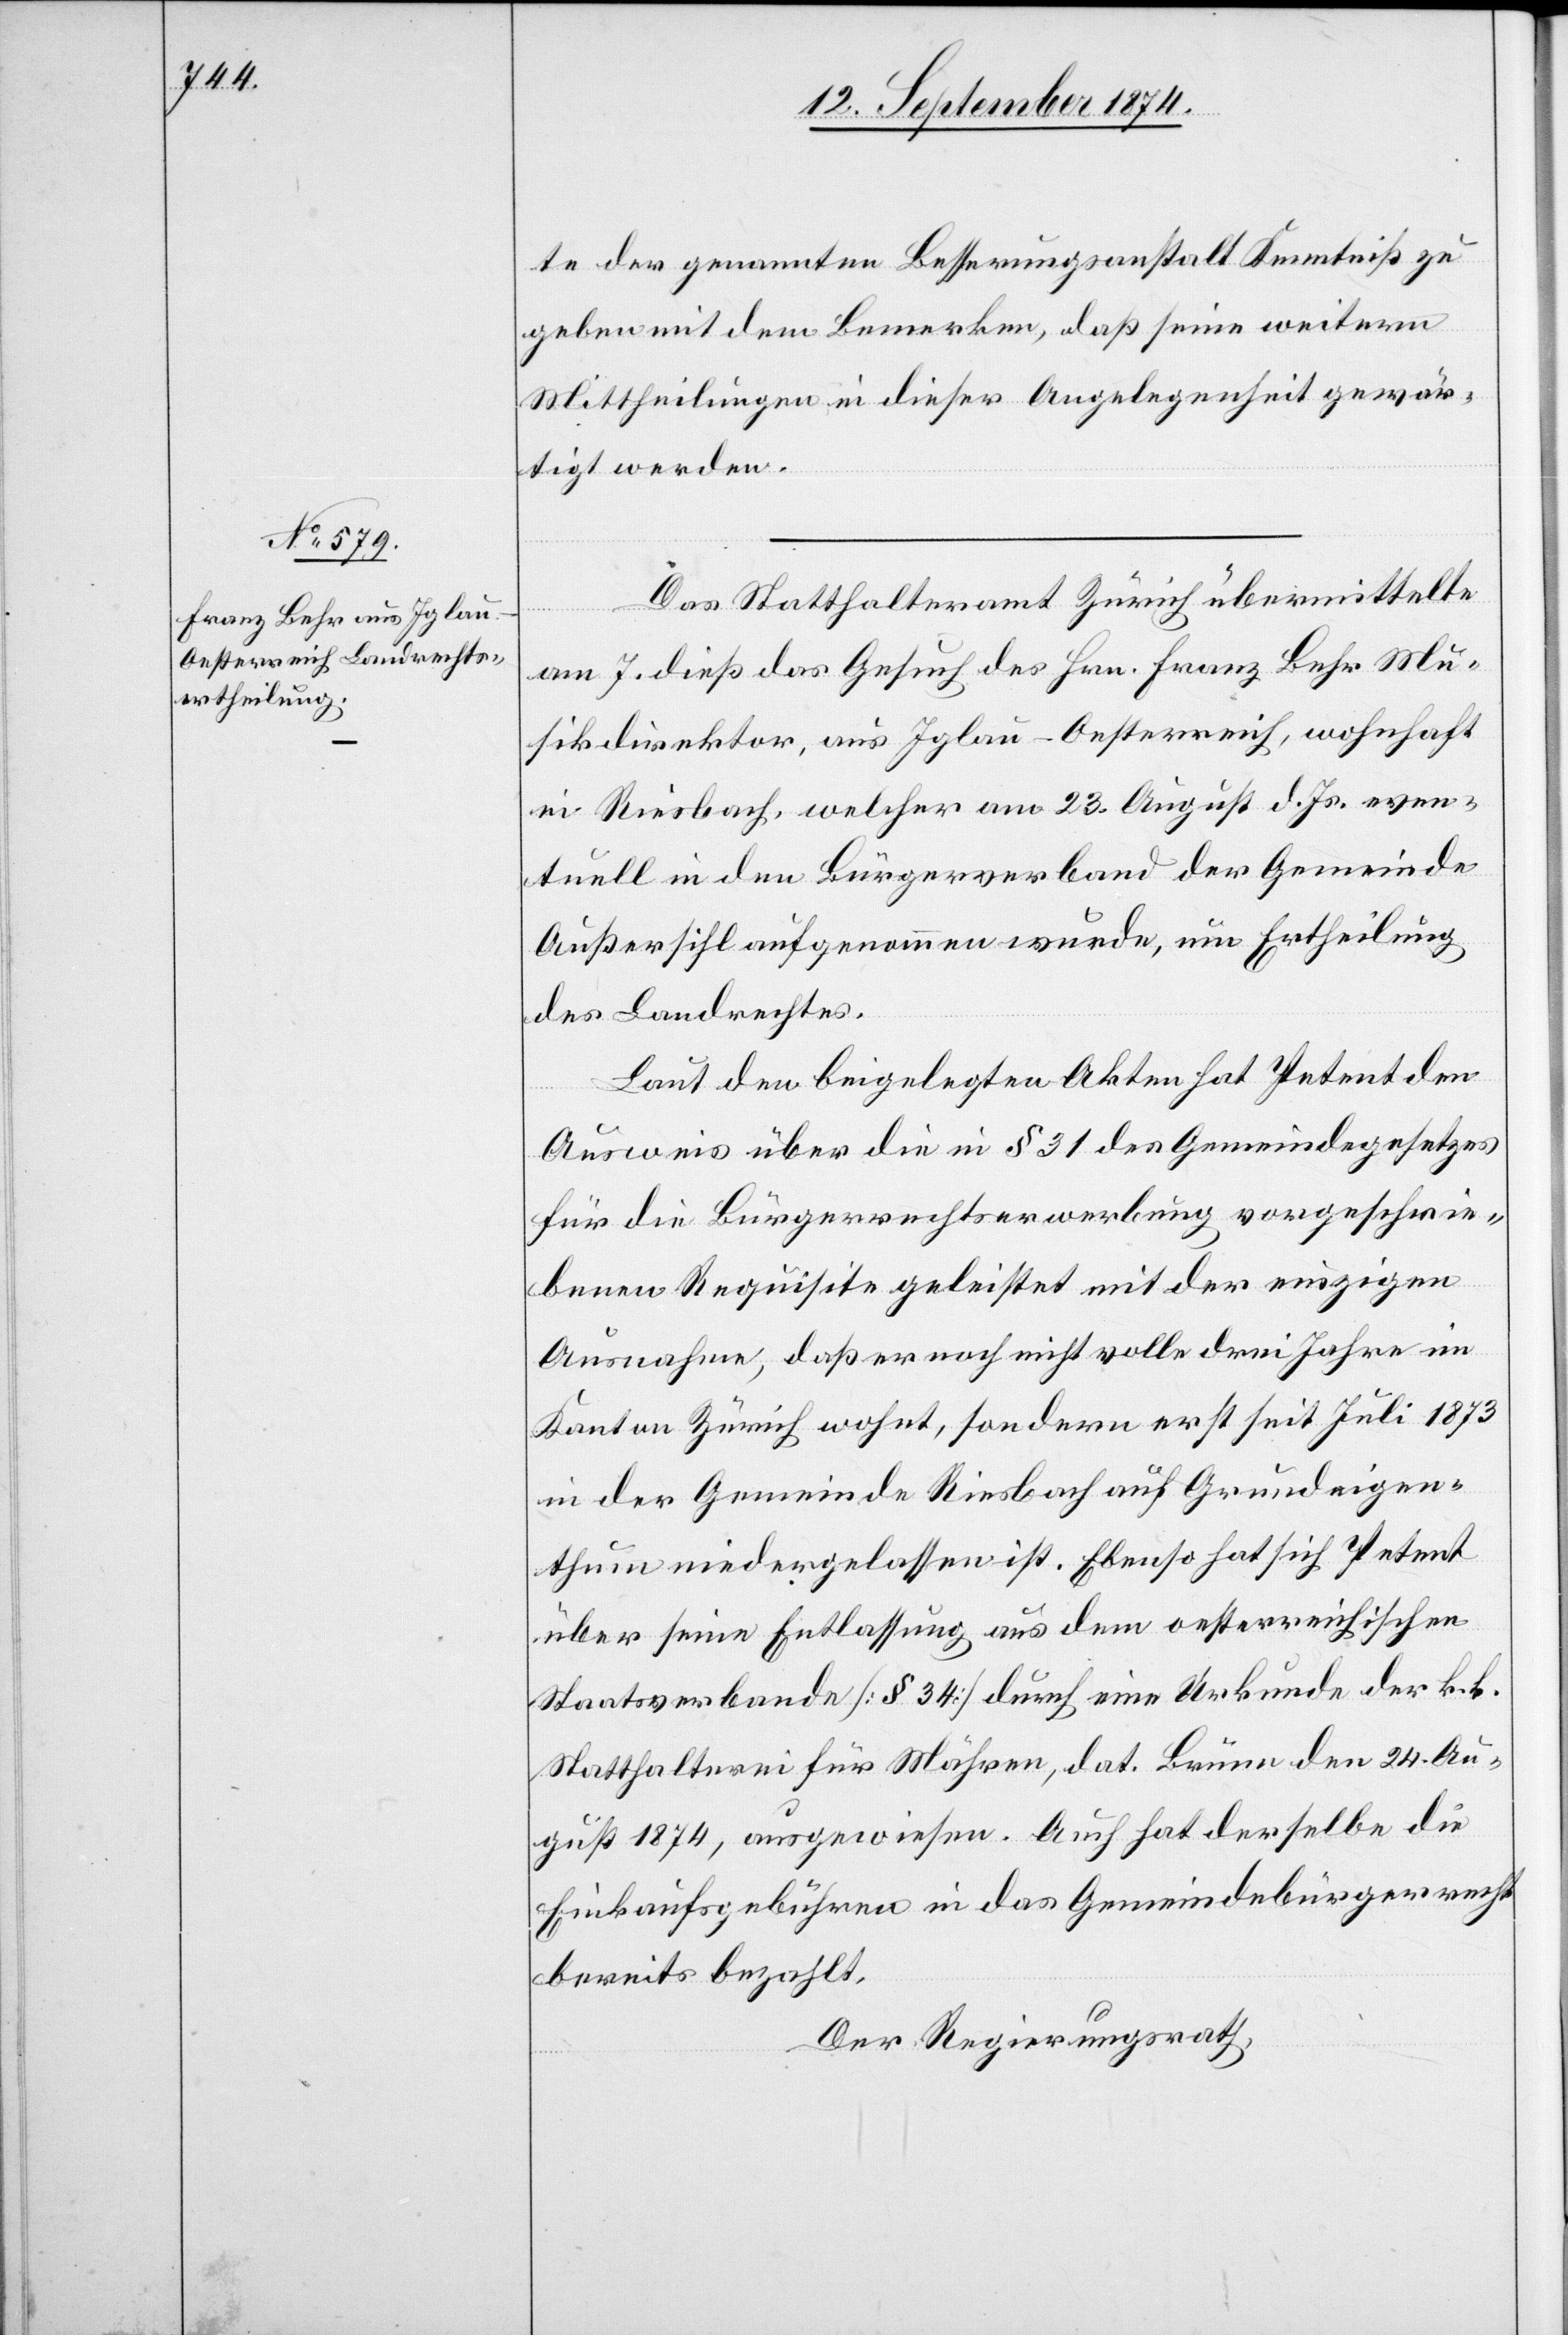
te der genannten Besserungsanstalt Kenntniß zu
geben mit dem Bemerken, daß seine weitern
Mittheilungen in dieser Angelegenheit gewär¬
tigt werden.
Das Statthalteramt Zürich übermittelte
am 7. dieß das Gesuch des Hrn. Franz Behr Mu¬
sikdirektor, aus Iglau-Oesterreich, wohnhaft
in Riesbach, welcher am 23. August d. Js. even¬
tuell in den Bürgerverband der Gemeinde
Außersihl aufgenommen wurde, um Ertheilung
des Landrechtes.
Laut den beigelegten Akten hat Petent den
Ausweis über die in § 31 des Gemeindegesetzes
für die Bürgerrechtserwerbung vorgeschrie¬
bene Requisite geleistet mit der einzigen
Ausnahme, daß er noch nicht volle drei Jahre im
Kanton Zürich wohnt, sondern erste seit Juli 1873
in der Gemeinde Riesbach auf Grundeigen¬
thum niedergelassen ist. Ebenso hat sich Petent
über seine Entlassung aus dem oesterreichischen
Staatsverbande [§ 34] durch eine Urkunde der k. k.
Statthalterei für Mähren, dat. Brünn den 24. Au¬
gust 1874, ausgewiesen. Auch hat derselbe die
Einkaufsgebühren in das Gemeindebürgerrecht
bereits bezahlt.
Der Regierungsrath,